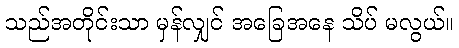
သည်အတိုင်းသာ မှန်လျှင် အခြေအနေ သိပ် မလွယ်။